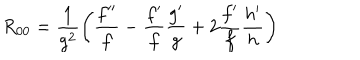
R _ { 0 0 } = \frac { 1 } { g ^ { 2 } } \left( \frac { f ^ { \prime \prime } } { f } - \frac { f ^ { \prime } } { f } \frac { g ^ { \prime } } { g } + 2 \frac { f ^ { \prime } } { f } \frac { h ^ { \prime } } { h } \right)